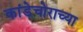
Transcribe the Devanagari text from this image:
कांडेचोराच्या